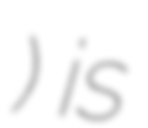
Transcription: Натальинск) is